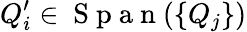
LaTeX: Q_{i}^{\prime}\in\mathrm{~S~p~a~n~}(\{ Q_{j}\} )